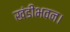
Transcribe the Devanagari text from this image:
खंडीभवन।